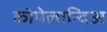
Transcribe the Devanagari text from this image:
कोपेलान्दिअ